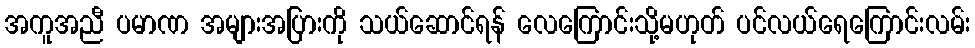
အကူအညီ ပမာဏ အများအပြားကို သယ်ဆောင်ရန် လေကြောင်းသို့မဟုတ် ပင်လယ်ရေကြောင်းလမ်း